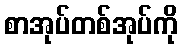
စာအုပ်တစ်အုပ်ကို